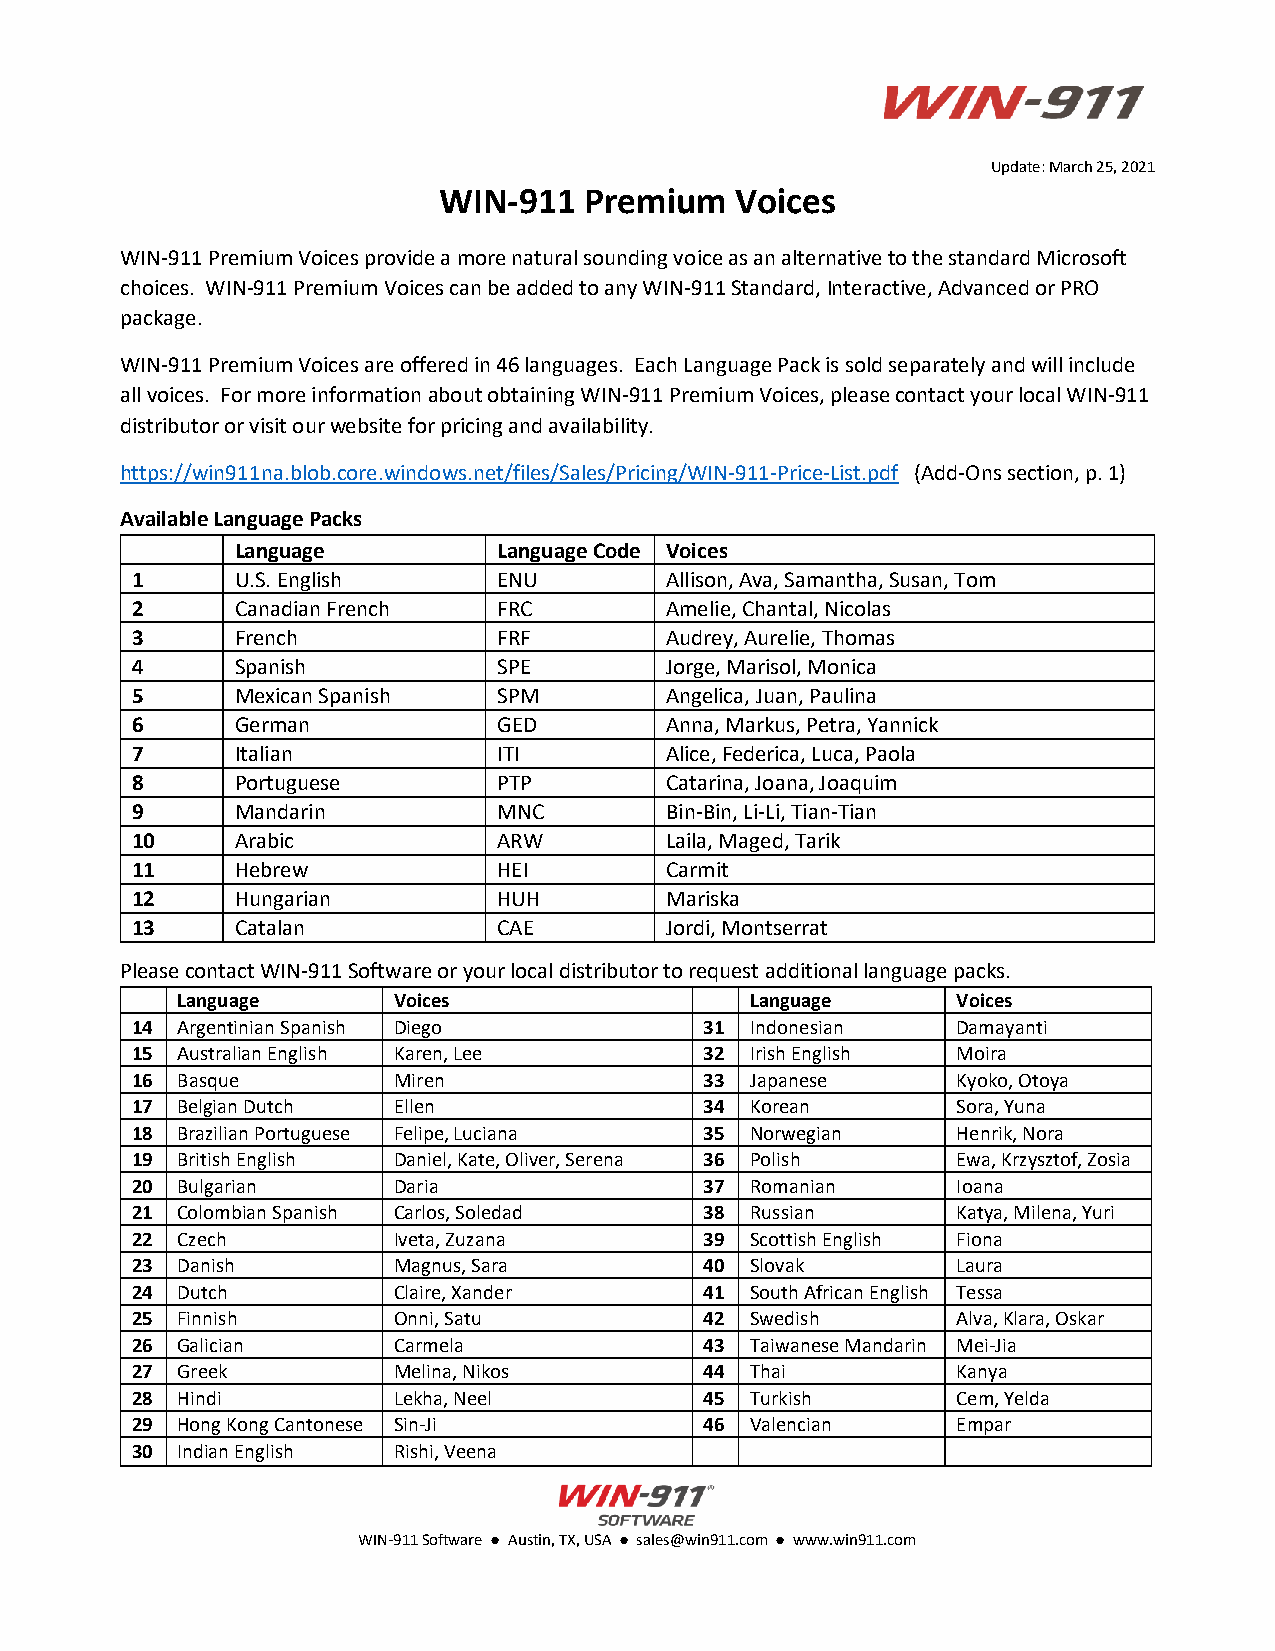
Update: March 25, 2021
 WIN-911   Premium   Voices
 WIN-911 Premium Voices provide a more natural sounding voice as an alternative to the standard Microsoft
 choices. WIN-911 Premium Voices can be added to any WIN-911 Standard, Interactive, Advanced or PRO
 package.
 WIN-911 Premium Voices are offered in 46 languages. Each Language Pack is sold separately and will include
 all voices. For more information about obtaining WIN-911 Premium Voices, please contact your local WIN-911
 distributor or visit our website for pricing and availability.
 https://win911na.blob.core.windows.net/files/Sales/Pricing/WIN-911-Price-List.pdf (Add-Ons section, p. 1)
 Available Language Packs
 Language         Language Code Voices
 1      U.S. English     ENU        Allison, Ava, Samantha, Susan, Tom
 2      Canadian French  FRC        Amelie, Chantal, Nicolas
 3      French           FRF        Audrey, Aurelie, Thomas
 4      Spanish          SPE        Jorge, Marisol, Monica
 5      Mexican Spanish  SPM        Angelica, Juan, Paulina
 6      German           GED        Anna, Markus, Petra, Yannick
 7      Italian          ITI        Alice, Federica, Luca, Paola
 8      Portuguese       PTP        Catarina, Joana, Joaquim
 9      Mandarin         MNC        Bin-Bin, Li-Li, Tian-Tian
 10     Arabic           ARW        Laila, Maged, Tarik
 11     Hebrew           HEI        Carmit
 12     Hungarian        HUH        Mariska
 13     Catalan          CAE        Jordi, Montserrat
 Please contact WIN-911 Software or your local distributor to request additional language packs.
 Language      Voices                  Language     Voices
 14 Argentinian Spanish Diego          31 Indonesian   Damayanti
 15 Australian English Karen, Lee      32 Irish English Moira
 16 Basque        Miren                33 Japanese     Kyoko, Otoya
 17 Belgian Dutch Ellen                34 Korean       Sora, Yuna
 18 Brazilian Portuguese Felipe, Luciana 35 Norwegian  Henrik, Nora
 19 British English Daniel, Kate, Oliver, Serena 36 Polish Ewa, Krzysztof, Zosia
 20 Bulgarian     Daria                37 Romanian     Ioana
 21 Colombian Spanish Carlos, Soledad  38 Russian      Katya, Milena, Yuri
 22 Czech         Iveta, Zuzana        39 Scottish English Fiona
 23 Danish        Magnus, Sara         40 Slovak       Laura
 24 Dutch         Claire, Xander       41 South African English Tessa
 25 Finnish       Onni, Satu           42 Swedish      Alva, Klara, Oskar
 26 Galician      Carmela              43 Taiwanese Mandarin Mei-Jia
 27 Greek         Melina, Nikos        44 Thai         Kanya
 28 Hindi         Lekha, Neel          45 Turkish      Cem, Yelda
 29 Hong Kong Cantonese Sin-Ji         46 Valencian    Empar
 30 Indian English Rishi, Veena
 WIN-911 Software ● Austin, TX, USA ● sales@win911.com ● www.win911.com